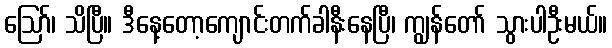
ဪ၊ သိပြီ။ ဒီနေ့တော့ကျောင်းတက်ခါနီးနေပြီ၊ ကျွန်တော် သွားပါဦးမယ်။